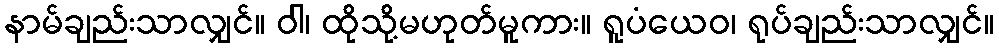
နာမ်ချည်းသာလျှင်။ ဝါ၊ ထိုသို့မဟုတ်မူကား။ ရူပံယေဝ၊ ရုပ်ချည်းသာလျှင်။